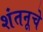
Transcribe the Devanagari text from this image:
शंतनूचे